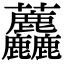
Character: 𧆓